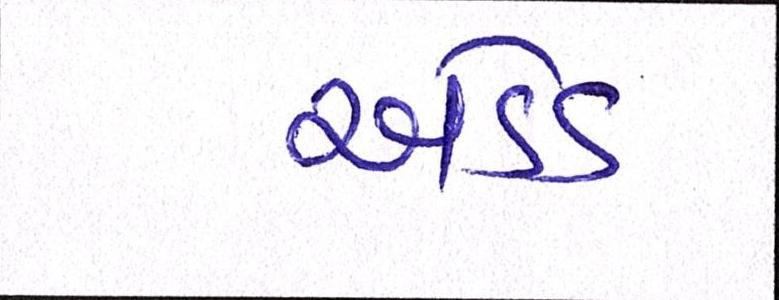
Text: એડેડ